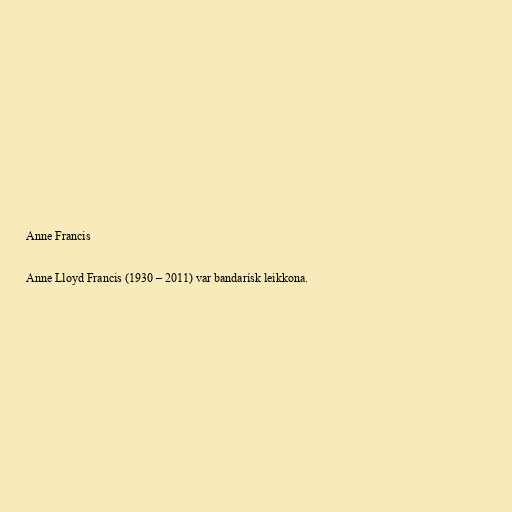
Anne Francis

Anne Lloyd Francis (1930 – 2011) var bandarísk leikkona.